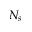
N _ { s }